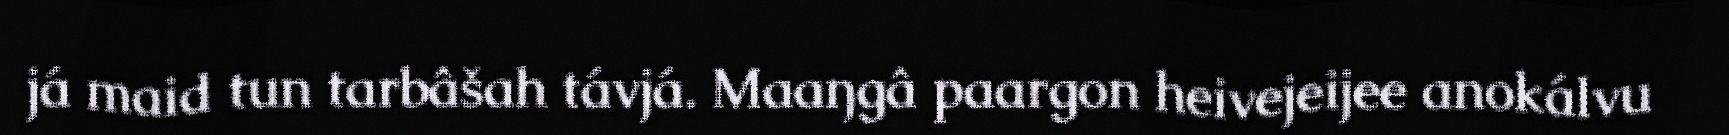
já maid tun tarbâšah távjá. Maaŋgâ paargon heivejeijee anokálvu